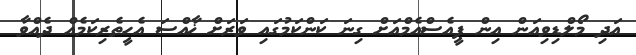
އަދި މޯލްޑިވިއަން އިން ޕީއެސްއެމްއަށް ގިނަ ކަންކަމުގައި ވަރަށް ޚާއްސަ އެހީތެރިކަމެއް ދެއްވާ